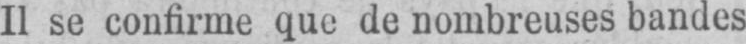
Il se confirme que de nombreuses bandes